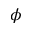
\phi